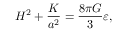
H ^ { 2 } + \frac { K } { a ^ { 2 } } = \frac { 8 \pi G } { 3 } \varepsilon ,